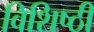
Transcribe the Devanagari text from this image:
विशिष्ठी